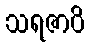
သရဇာပိ